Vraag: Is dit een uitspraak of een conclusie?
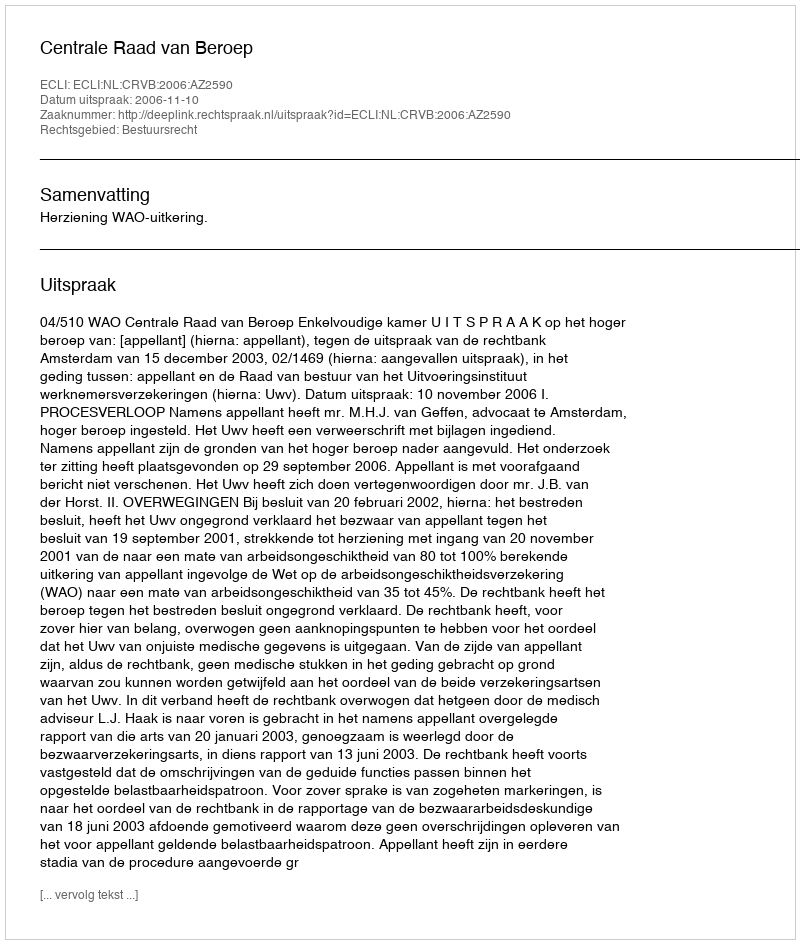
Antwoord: Uitspraak